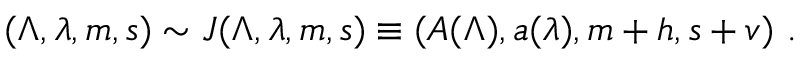
( \Lambda , \lambda , m , s ) \sim { \cal J } ( \Lambda , \lambda , m , s ) \equiv ( A ( \Lambda ) , a ( \lambda ) , m + h , s + v ) ~ .